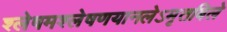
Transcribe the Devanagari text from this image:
श्लेषमश्लेषणयानलेऽमृतबिले